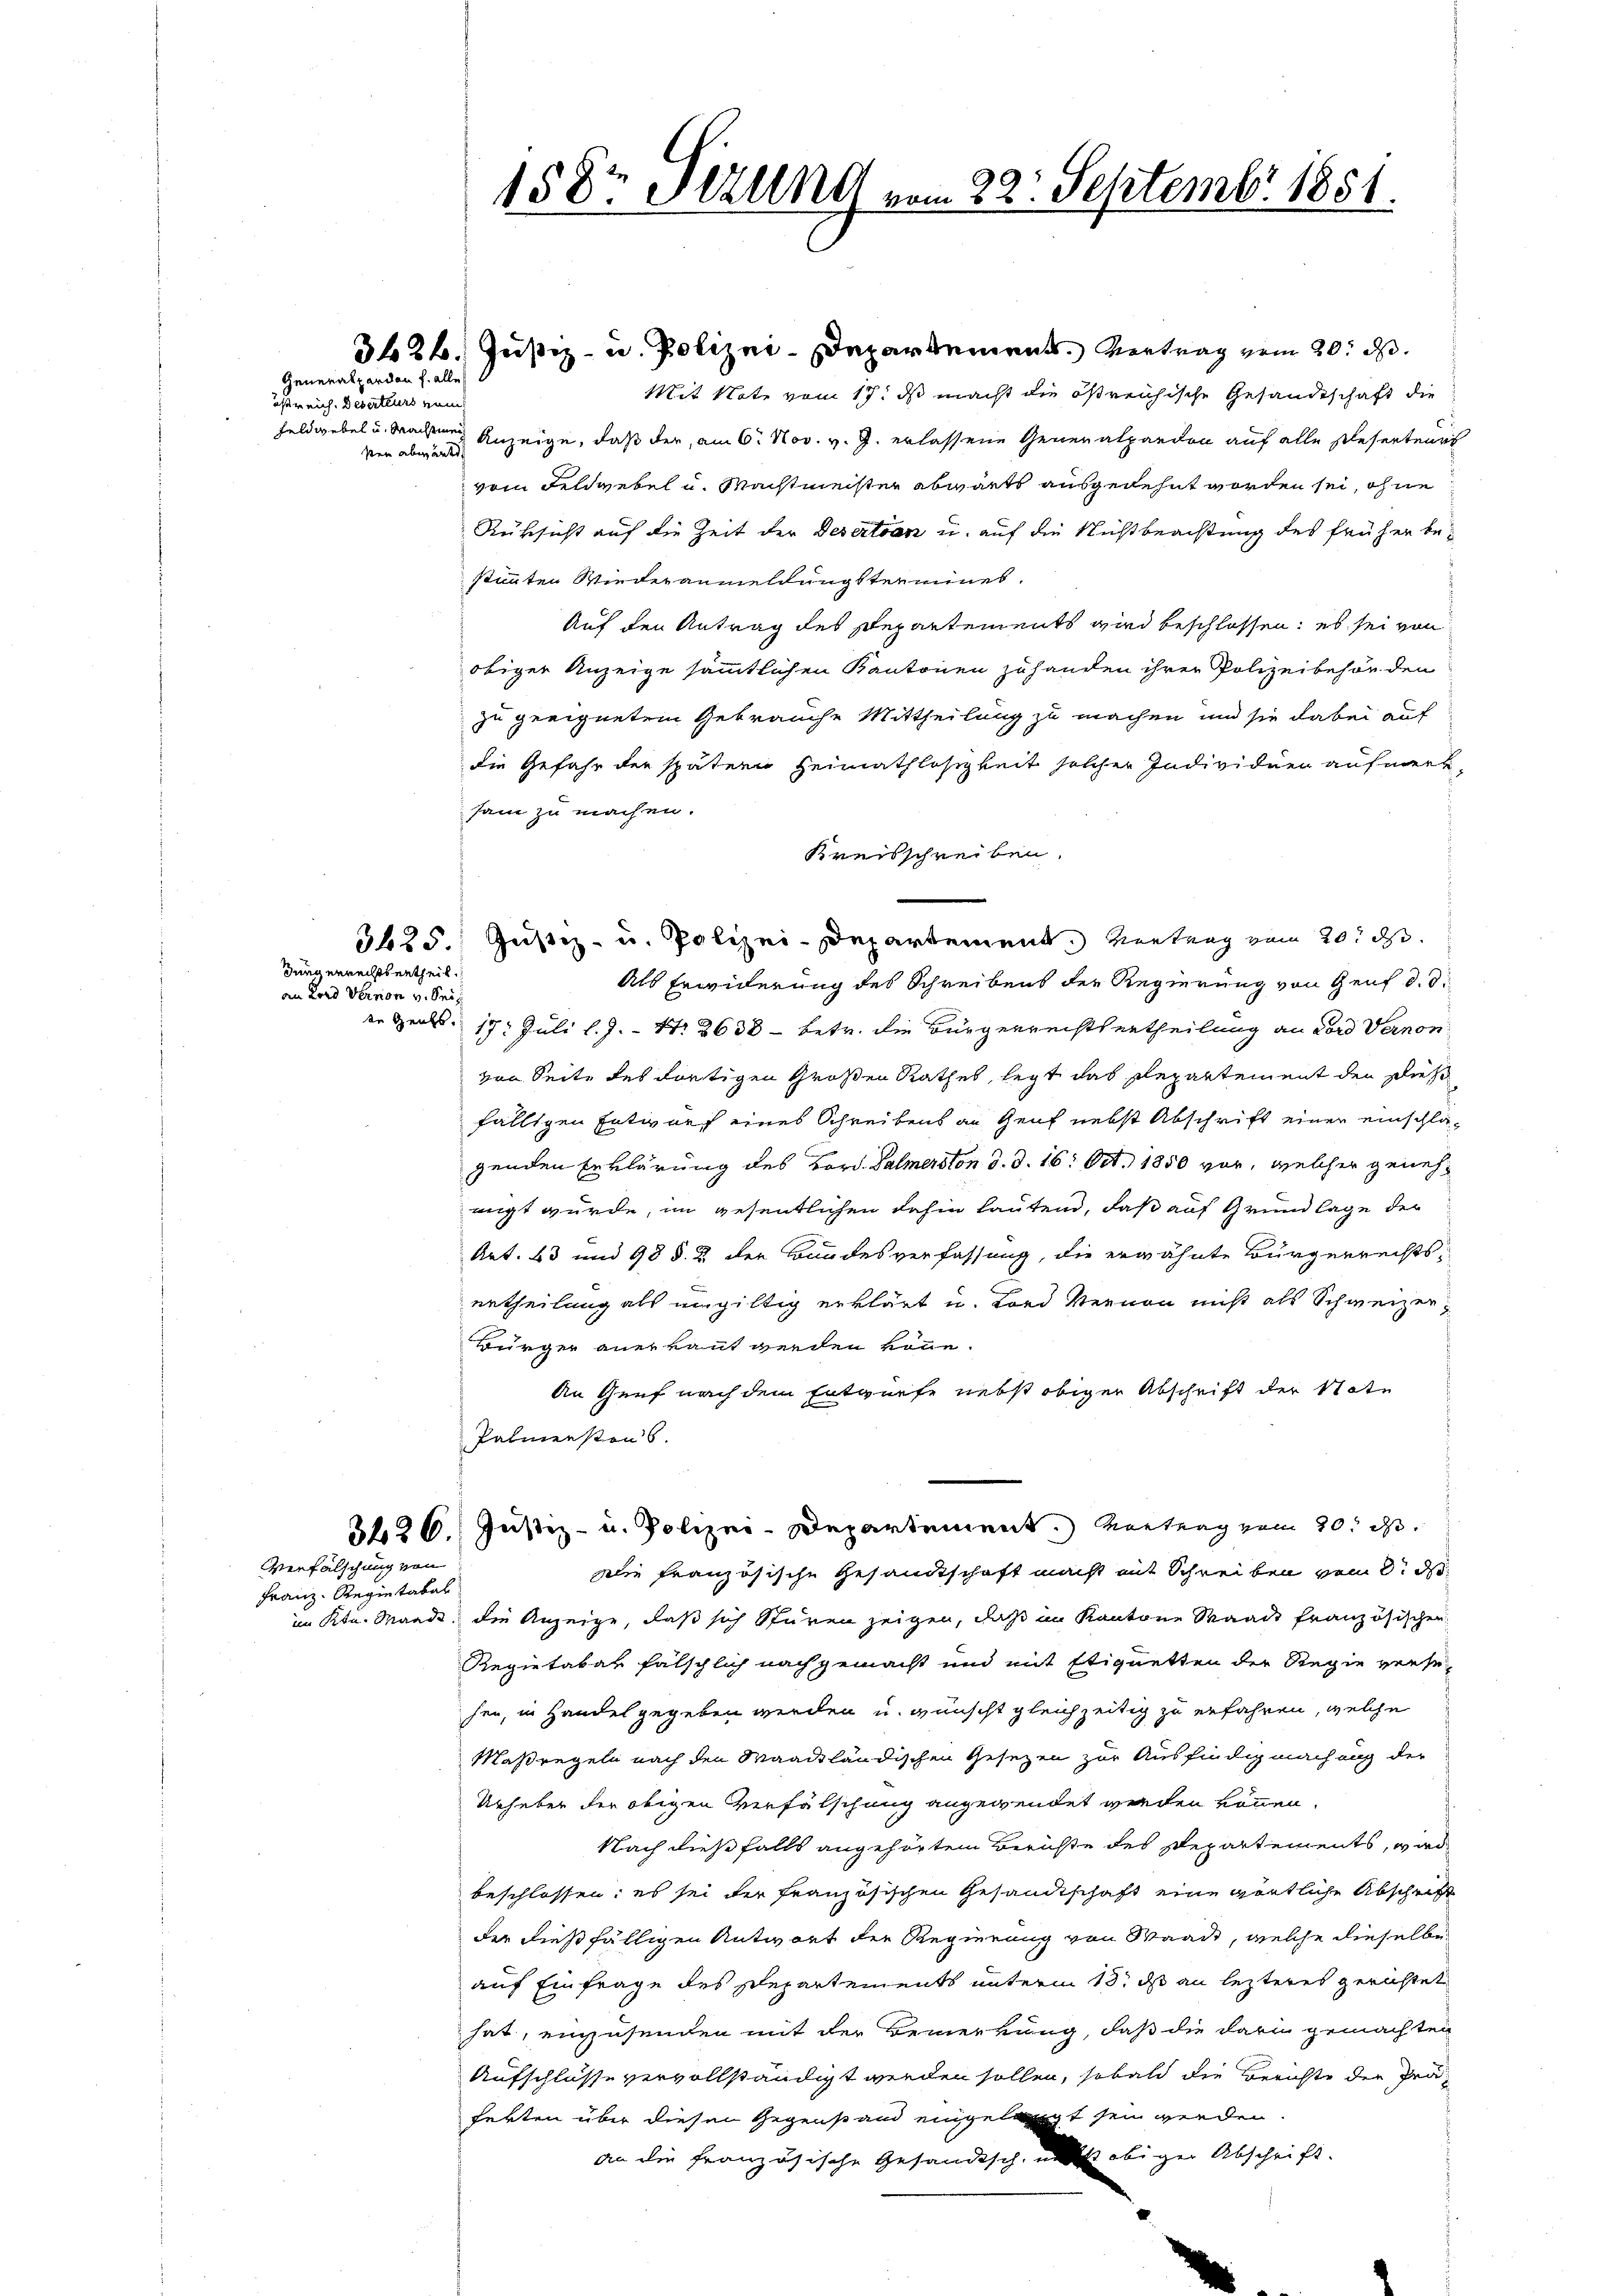
östreich. Deserteurs num.
ster aber ant

Jüngerrechts ertheil.
an Lond Version v. Sei¬

Generalpardon h. alle

3426.

Verfälschung von
Franz. Regietabel

158r Ttzung vom 22. Septembr 1851.

Mit Note vom 17. ds macht die östreichische Gesandtschaft die
Feldwebel u. Machten Anzeige, daß der, am 6. Nov. v. J. erlassene Generalpardon auf alle Deserteurs
vom Feldwebel u. Machtmeister abwärts ausgedehnt worden sei, ohne
Rüksicht auf die Zeit der Desertan u. auf die Nichtbeachtung des früher bestimmten Wiederanmeldungsterminet.
Auf den Antrag des Departements wird beschlossen; es sei von
obiger Anzeige sämmtlichen Kantonen zuhanden ihrer Polizeibehörden
zu geeignetem Gebrauche Mittheilung zu machen, und sie dabei auf
die Gefahr der spätern Heimathlosigkeit solcher Individuen aufmerk-
sam zu machen.
Kreisschreiben.
3425. Justiz- u. Polizei-Departement. Wertung vom 20t d.
Als Erwiderung des Schreibens der Regierung von Genf d. d.
er Hals. 17. Juli l. J. - No 2638 - betr. die Bürgerrechtsurtheilung an Lord vernon
von Seite des dortigen Großen Rathes, legt das Repartement den Dies
fälligen Entwurf eines Schreibens an Genf nebst Abschrift einer einschlägenden Erklärung des Bord. Palmerston d. d. 16. Oct. 1850 vor, welcher genehwigt wurde, im gesentlichen dahin lautend, daß auf Grundlage der
Art. 63 und 98 §. 2. der Bundesverfassung, die erwähnte Bürgerrechts-
ertheilung als ungültig erklärt u. Lord Wernen nicht als Schweizer¬
Bürger anerkannt werden könne.
An Genf nach dem Entwurfe nebst obiger Abschrift der Note
Palmenstens.
Justiz- u. Polizei-Departement. Vertrag vom 20. d.
Die französische Gesandtschaft macht mit Schreiben vom 8. d.
im Ktn. Mande, die Anzeige, daß sich spüren zeigen, daß im Kantone Waadt französischen
Regietabar fälschlich nach gemacht und mit Etiquetten der Regie versesen, in Handel gegeben werden u. wünscht gleichzeitig zu erfahren, welche
Maßregeln nach den Waadtländischen Gesezen zur Ausfindigmachung der
Urheber der obigen Verfälschung angewendet werden können.
Nach dießfalls angehörten Berichte des Departements, wird
beschlossen: es sei der französischen Gesandtschaft eine gäntliche Abschrift
der dießfälligen Antwort der Regierung von Waadt, welche dieselbe
auf Einfrage des Departements unterm 13. ds an lezteres gerichtet
hat, einzusenden mit der Bemerkung, daß die dari gemachten
Aufschlüsse vervollständigt werden sollen, sobald die Berichte der Präferten über diesen Gegenstand eingelangt sein werden.
an die Französische Gesandtsch, und obiger Abschrift.

3426. Justiz- u. Polizei-Departements. Vertrag vom 20. d.